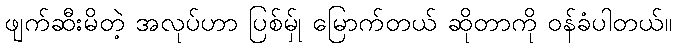
ဖျက်ဆီးမိတဲ့ အလုပ်ဟာ ပြစ်မ်ှု မြောက်တယ် ဆိုတာကို ဝန်ခံပါတယ်။